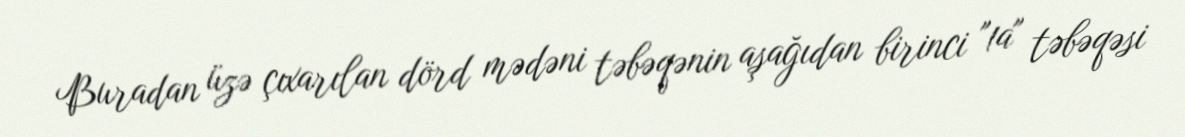
Buradan üzə çıxarılan dörd mədəni təbəqənin aşağıdan birinci "1a" təbəqəsi